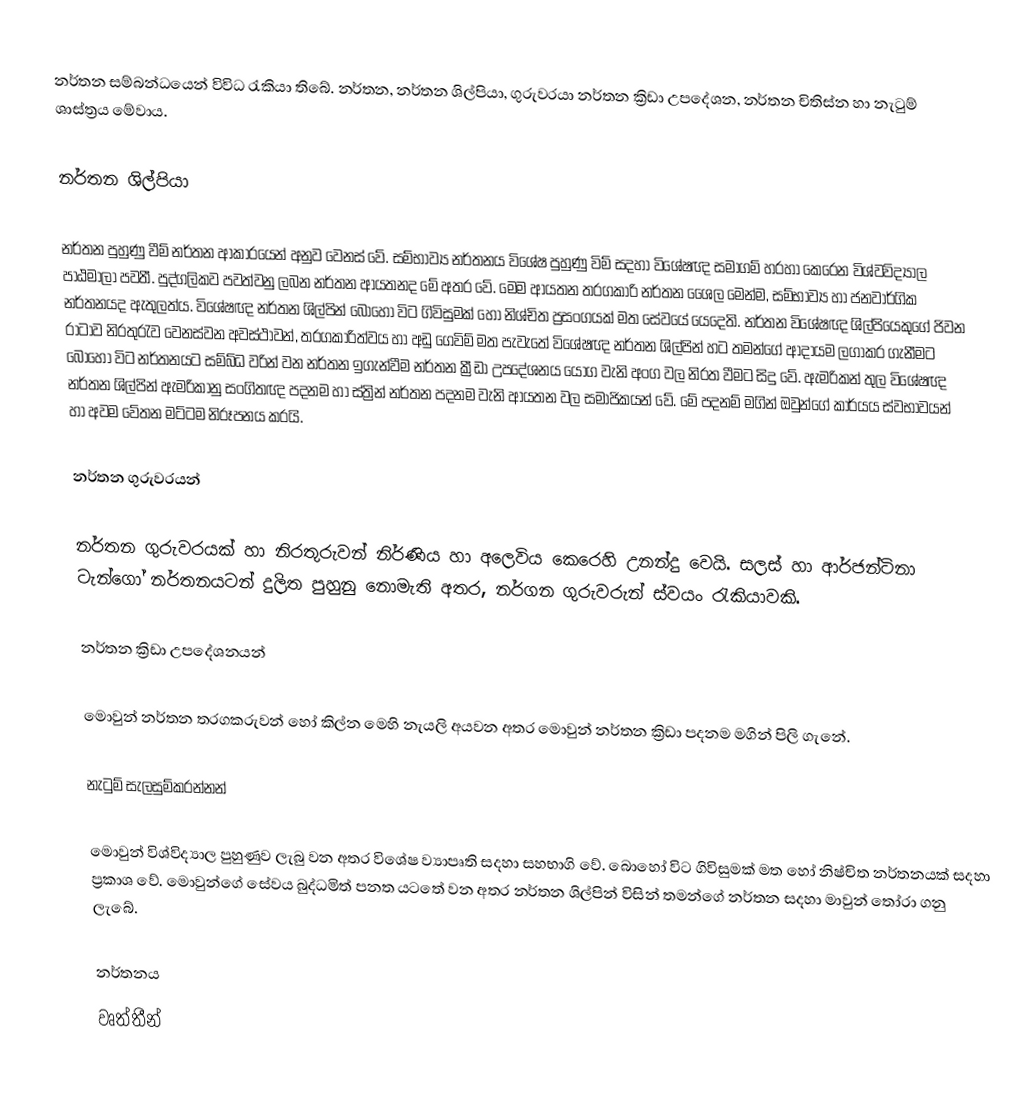
නර්තන සම්බන්ධයෙන් විවිධ රැකියා තිබේ. නර්තන, නර්තන ශිල්පියා, ගුරුවරයා නර්තන ක්‍රිඩා උපදේශන, නර්තන චිතිස්න හා නැටුම් ශාස්ත්‍රය මේවාය.

නර්තන ශිල්පියා

නර්තන පුහුණු වීම් නර්තන ආකාරයෙන් අනුව වෙනස් වේ. සම්භාව්‍ය නර්තනය විශේෂ පුහුණු විම් සදහා විශේෂඥ සමාගම් හරහා කෙරෙන විශ්වවිද්‍යාල පාඨමාලා පවතී. පුද්ගලිකව පවත්වනු ලබන නර්තන ආයතනද මේ අතර වේ. මෙම ආයතන තරගකාරි නර්තන ශෛල මෙන්ම, සම්භාව්‍ය හා ජනවාර්ගික නර්තනයද ඇතුලත්ය. විශේෂඥ නර්තන ශිල්පින් බොහෝ විට ගිවිසුමක් හෝ නිශ්චිත ප්‍රසංගයක් මත සේවයේ යෙදෙති. නර්තන විශේෂඥ ශිල්පියෙකුගේ ජිවන රාටාව නිරතුරැව වෙනස්වන අවස්ථාවන්, තරගකාරිත්වය හා අඩු ගෙවිම් මත පැවැතේ විශේෂඥ නර්තන ශිල්පින් හට තමන්ගේ ආදායම ලගාකර ගැනීමට බොහෝ විට නර්තනයට සම්බ්ධ වරින් වන නර්තන ඉගැන්වීම නර්තන ක්‍රීඩා උපදේශනය යෝග වැනි අංග වල නිරත වීමට සිදු වේ.  ඇමරිකන් තුල විශේෂඥ නර්තන ශිල්පින් ඇමරිකානු සංගිතඥ පදනම හා ස්ත්‍රින් නර්තන පදනම වැනි ආයතන වල සමාජිකයන් වේ. මේ පදනම් මගින් ඔවුන්ගේ කාර්යය ස්වභාවයන් හා අවම වේතන මට්ටම නිරූපනය කරයි.

නර්තන ගුරුවරයන්

නර්තන ගුරුවරයක් හා නිරතුරුවන් නිර්ණිය හා අලෙවිය කෙරෙහි උනන්දු වෙයි. සලස් හා ආර්ජන්ටිනා ටැන්ගෝ නර්තනයටන් දුලිත පුහුනු නොමැති අතර, නර්ගන ගුරුවරුන් ස්වයං රැකියාවකි.

නර්තන ක්‍රිඩා උපදේශනයන්

මොවුන් නර්තන තරගකරුවන් හෝ කිල්න මෙහි නැයලි අයවන අතර මොවුන් නර්තන ක්‍රිඩා පදනම මගින් පිලි ගැනේ.

නැටුම් සැලසුම්කරන්නන්

මොවුන් විශ්විද්‍යාල පුහුණුව ලැබු වන අතර විශේෂ ව්‍යාපෘති සදහා සහභාගි වේ. බොහෝ විට ගිවිසුමක් මත හෝ නිෂ්චිත නර්තනයක් සදහා ප්‍රකාශ වේ. මොවුන්ගේ සේවය බුද්ධමිත් පනත යටතේ වන අතර නර්තන ශිල්පින් විසින් තමන්ගේ නර්තන සදහා මාවුන් තෝරා ගනු ලැබේ.

නර්තනය
වෘත්තීන්